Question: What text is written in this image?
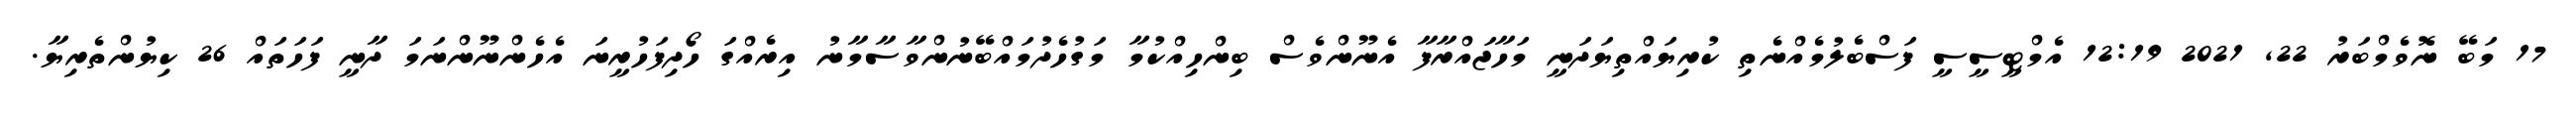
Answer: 17 މަބޭ ނޮވެމްބަރު 22, 2021 12:19 އެމްޓީސީސީ ފަސްބެލުމެއްނެތި ކުރިޔައްތިޔަދަނީ މަހާޖައްރާފާ އެނޫންވެސް ބިންހިއްކުމާ މަގުހެދުމައްބޭނުންވާސާމާނު އިރެއްގަ ހޯދިފަހުރީނަ އެހެންނޫންނަމަ ދާނީ ފަހަތައް 26 ކިޔުންތެރިޔާ.